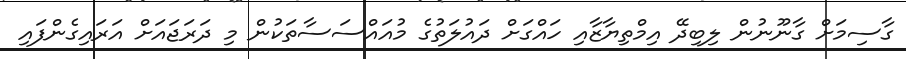
ގާސިމަށް ގާނޫނުން ލިބިދޭ އިމްތިޔާޒާއި ހައްގަށް ދައުލަތުގެ މުއައްސަސާތަކުން މި ދަރަޖައަށް އަރައިގެންފައި